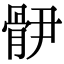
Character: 𩨫